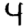
Digit: 4